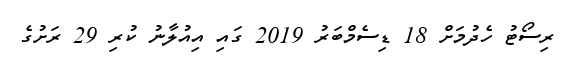
ރިސޯޓު ހެދުމަށް 18 ޑިސެމްބަރު 2019 ގައި އިއުލާނު ކުރި 29 ރަށުގެ